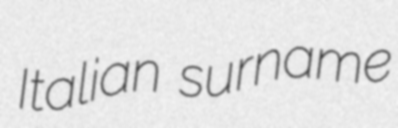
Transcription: Italian surname